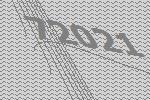
72021